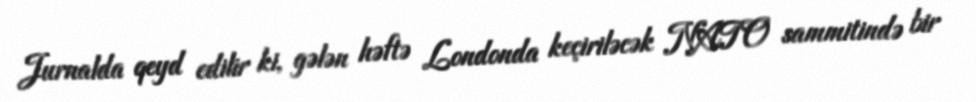
Jurnalda qeyd edilir ki, gələn həftə Londonda keçiriləcək NATO sammitində bir